General report no. 6 on the lunatic asylums, vaccination and dispensaries in the Bengal Presidency, 1873 -
Year: 1873
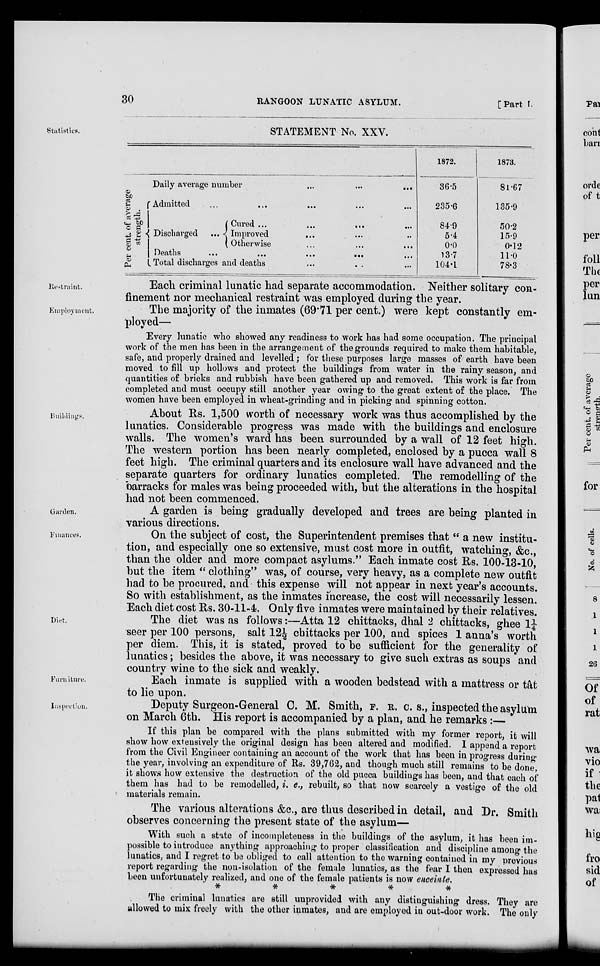
30
RANGOON LUNATIC ASYLUM.
[Part I.
Statistics.
STATEMENT No. XXV.
Daily average number
...
...
...
Per cent. of average
strength.
Admitted
...
...
...
...
...
Discharged
Cured ...
...
...
...
Improved
... ... ...
Otherwise
...
... ...
Deaths
...
...
... ... ...
Total discharges and deaths
... ... ...
1872.
36.5
235.6
84.9
5.4
0.0
13.7
104.1
1873.
81.67
135.9
50.2
15.9
0.12
11.0
78.3
Restraint.
Each criminal lunatic had separate accommodation. Neither solitary con-
finement nor mechanical restraint was employed during the year.
Employment.
The majority of the inmates (69.71 per cent.) were kept constantly em-
ployed—
Every lunatic who showed any readiness to work has had some occupation. The principal
work of the men has been in the arrangement of the grounds required to make them habitable,
safe, and properly drained and levelled ; for these purposes large masses of earth have been
moved to fill up hollows and protect the buildings from water in the rainy season, and
quantities of bricks and rubbish have been gathered up and removed. This work is far from
completed and must occupy still another year owing to the great extent of the place. The
women have been employed in wheat-grinding and in picking and spinning cotton.
Buildings.
About Rs. 1,500 worth of necessary work was thus accomplished by the
lunatics. Considerable progress was made with the buildings and enclosure
walls. The women's ward has been surrounded by a wall of 12 feet high.
The western portion has been nearly completed, enclosed by a pucca wall 8
feet high. The criminal quarters and its enclosure wall have advanced and the
separate quarters for ordinary lunatics completed. The remodelling of the
barracks for males was being proceeded with, but the alterations in the hospital
had not been commenced.
Garden.
A garden is being gradually developed and trees are being planted in
various directions.
Finances.
On the subject of cost, the Superintendent premises that " a new institu-
tion, and especially one so extensive, must cost more in outfit, watching, &c.,
than the older and more compact asylums." Each inmate cost Rs. 100-13-10,
but the item " clothing" was, of course, very heavy, as a complete new outfit
had to be procured, and this expense will not appear in next year's accounts.
So with establishment, as the inmates increase, the cost will necessarily lessen.
Each diet cost Rs. 30-11-4. Only five inmates were maintained by their relatives.
Diet.
The diet was as follows:—Atta 12 chittacks, dhal 2 chittacks, ghee 1¼
seer per 100 persons, salt 12½ chittacks per 100, and spices 1 anna's worth
per diem. This, it is stated, proved to be sufficient for the generality of
lunatics; besides the above, it was necessary to give such extras as soups and
country wine to the sick and weakly.
Furniture.
Each inmate is supplied with a wooden bedstead with a mattress or tât
to lie upon.
Inspection.
Deputy Surgeon-General C. M. Smith, F. R. C. S., inspected the asylum
on March 6th. His report is accompanied by a plan, and he remarks :—
If this plan be compared with the plans submitted with my former report, it will
show how extensively the original design has been altered and modified. I append a report
from the Civil Engineer containing an account of the work that has been in progress during
the year, involving an expenditure of Rs. 39,762, and though much still remains to be done,
it shows how extensive the destruction of the old pucca buildings has been, and that each of
them has had to be remodelled, i. e., rebuilt, so that now scarcely a vestige of the old
materials remain.
The various alterations &c., are thus described in detail, and Dr. Smith
observes concerning the present state of the asylum—
With such a state of incompleteness in the buildings of the asylum, it has been im-
possible to introduce anything approaching to proper classification and discipline among the
lunatics, and I regret to be obliged to call attention to the warning contained in my previous
report regarding the non-isolation of the female lunatics, as the fear I then expressed has
been unfortunately realized, and one of the female patients is now enceinte.
*
*
*
*
*
The criminal lunatics are still unprovided with any distinguishing dress. They are
allowed to mix freely with the other inmates, and are employed in out-door work. The only